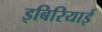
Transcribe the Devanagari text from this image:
इबिरियाई